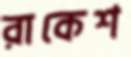
রাকেশ